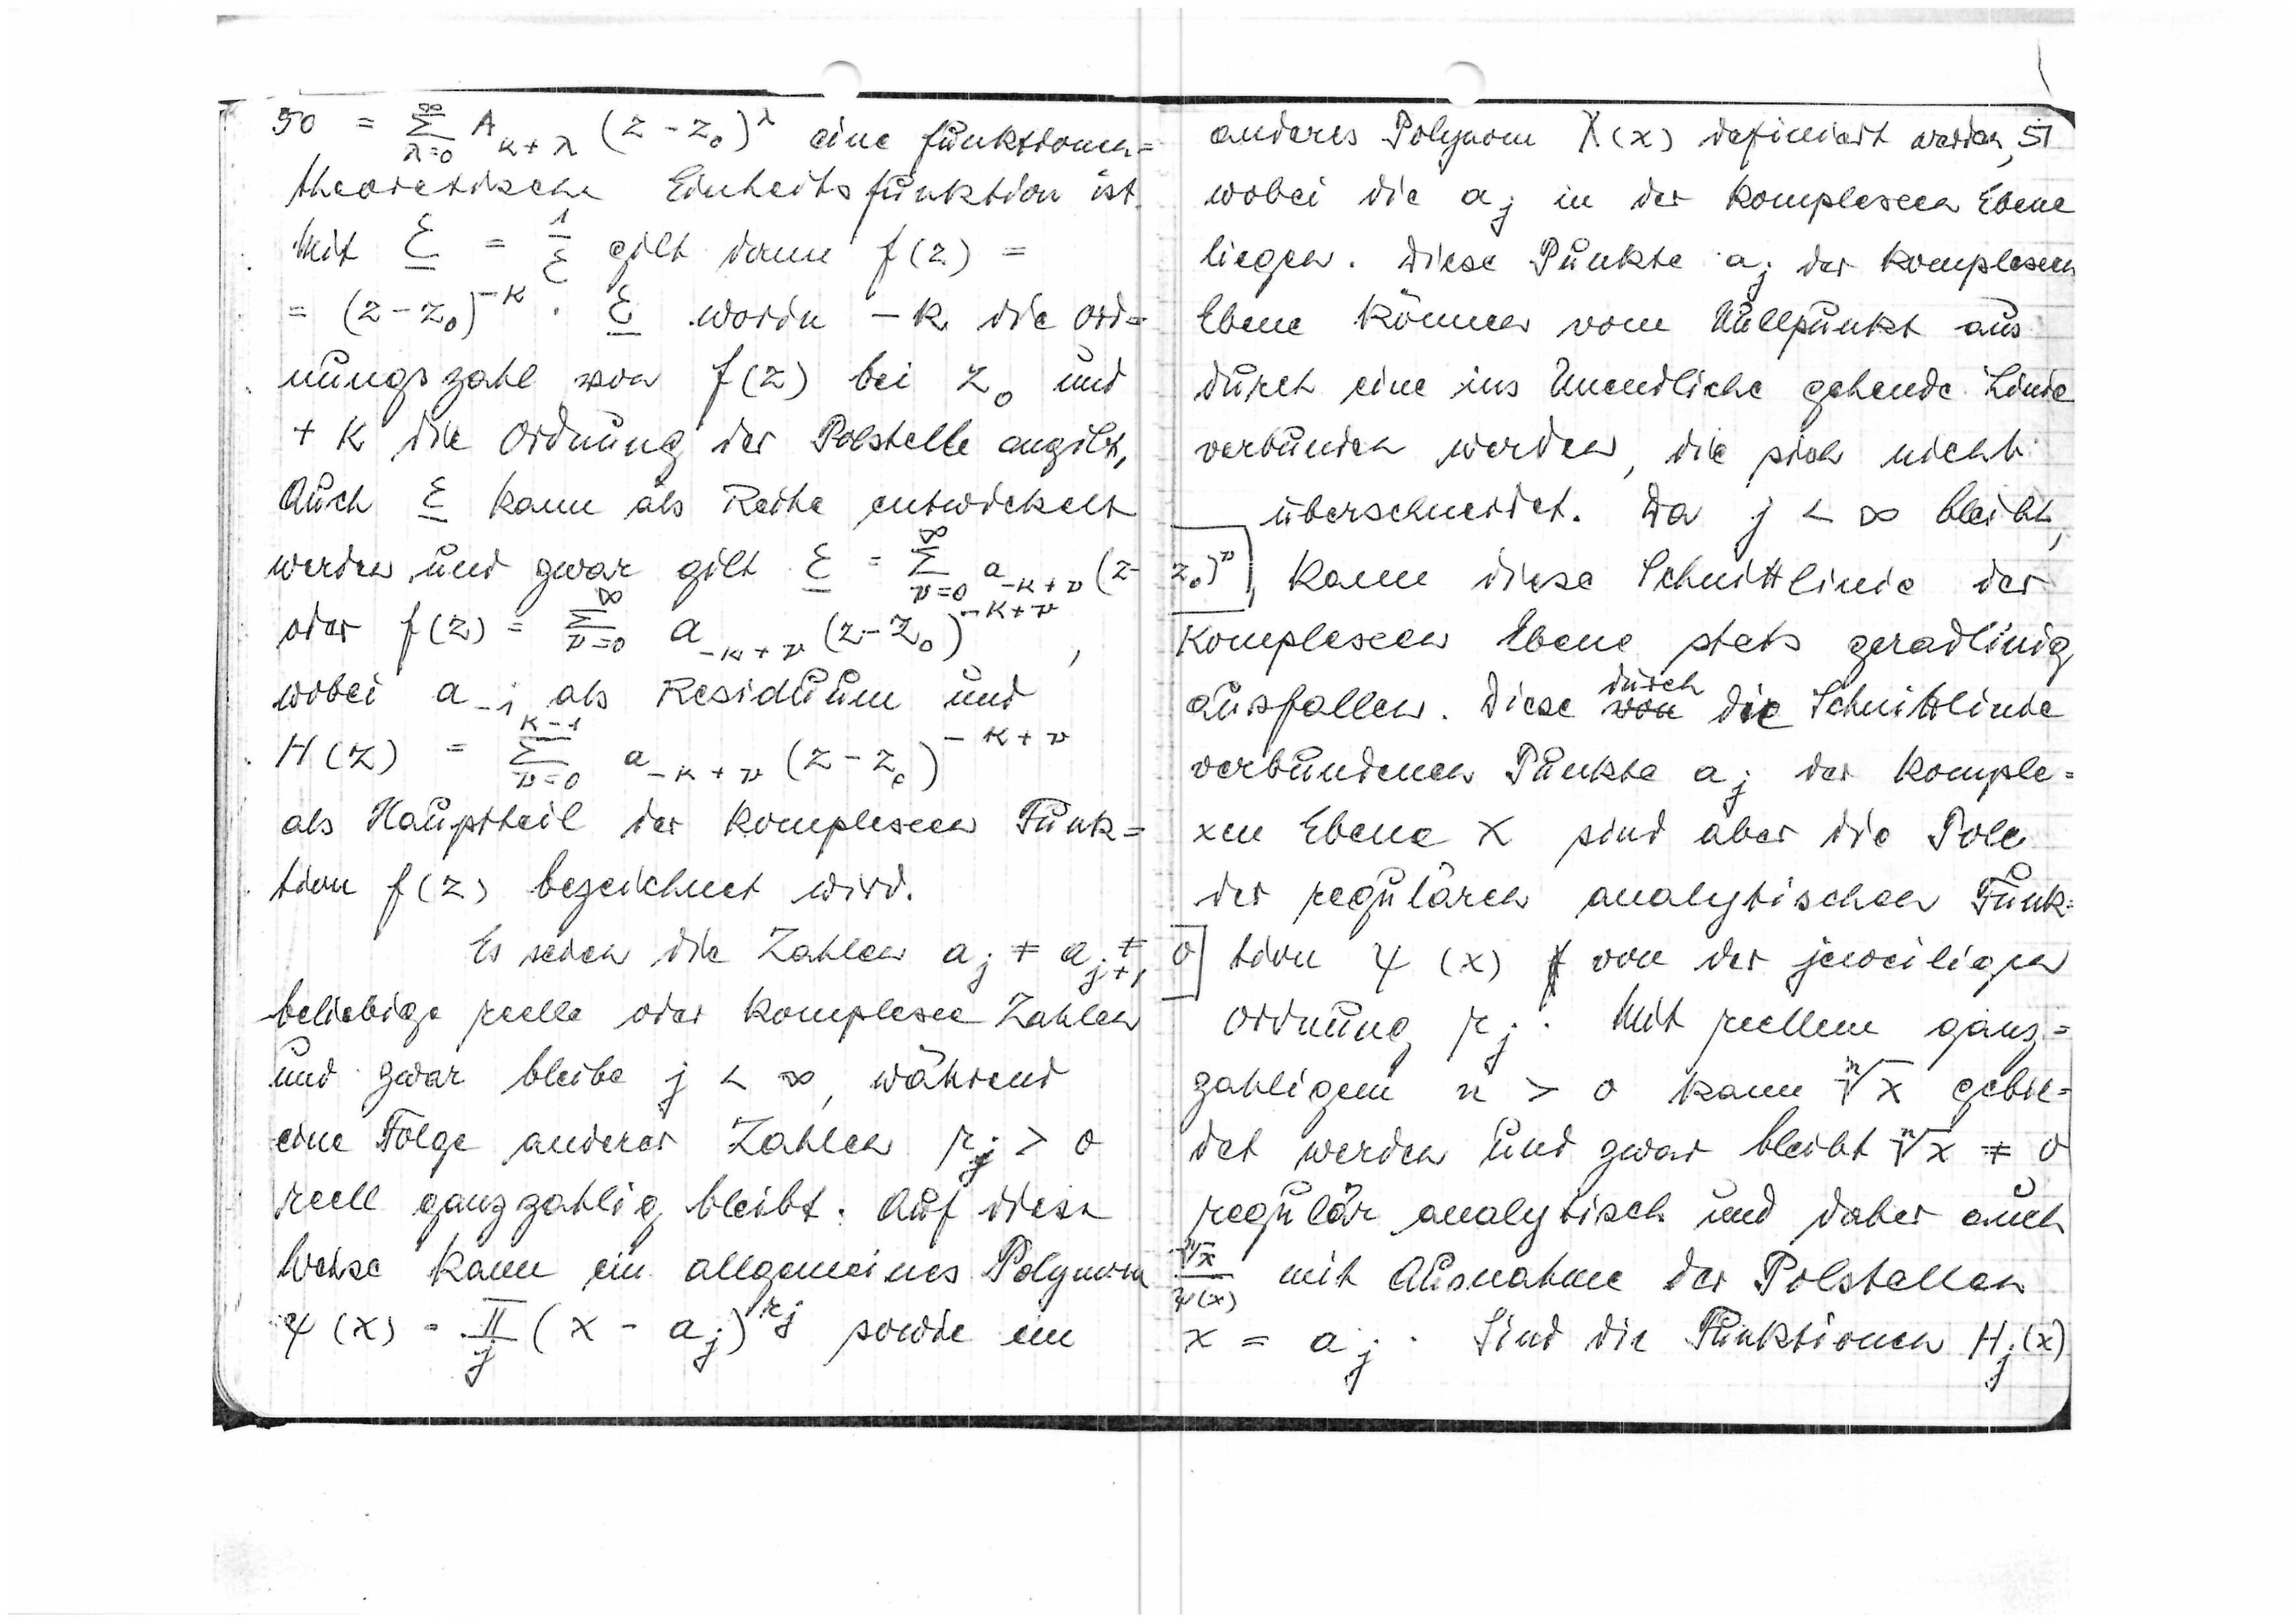
50

eine funktionen=
theoretische Einheitsfunktions ist.
Mit

gilt dann f(z)=

worin -k die Ord-
nungszahl von f(z) bei z0 und
+k die Ordnung der Polstelle ausgibt,
Auch

kann als Reihe entwickelt
werden, und zwar gilt

oder

wobei a-1 als Residuum und
k-1

H(z)=

als Hauptteil der komplexen Funk=
tion f(z) bezeichnet wird.
Es seien die Zahlen

beliebige relle oder komplexe Zahlen
und zwar bleibe j<∞, während
eine Folge anderer Zahlen rj>0
reell ganzzahlig bleibt. Auf diese
Weise kann ein allgemeines Polynom

sowie ein

anderes Polynom χ(x) rafiniert werden
51
wobei die aj in der komplexen Ebene
liegen. Diese Punkte a der komplexen
Ebene können vom Nullpunkt aus
durch eine ins Unendliche gehende Linie
verbunden werden, die sich nicht
überschneidet. Da j<∞ bleibt,

kann diese Schnittstelle der
komplexen Ebene stets geradlinig
durch
ausfallen.Diese

die Schnittlinie
verbundenen Punkte a der komple=
xen Ebene Χ sind aber die Pole
der regulären analytischen Funk=
tion ψ(x)der der jeweiligen
0
Ordnung rj. Mit reellem ganz=
zahlingem n>0 kann

gebil
det werden und zwar bleibt

regulär analytisch und daher auch

mit Ausnahme der Polstellen

x=aj. Sind die Funktionen Hj(x)